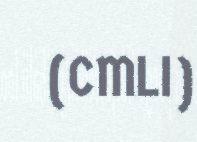
(CMLI)